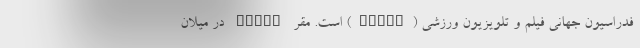
فدراسیون جهانی فیلم و تلویزیون ورزشی (FICTS) است. مقر FICTS در میلان